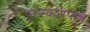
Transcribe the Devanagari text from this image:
पुरस्कारपात्र